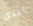
تفعل